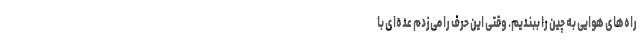
راه‌های هوایی به چین را ببندیم. وقتی این حرف را می‌زدم عده‌ای با